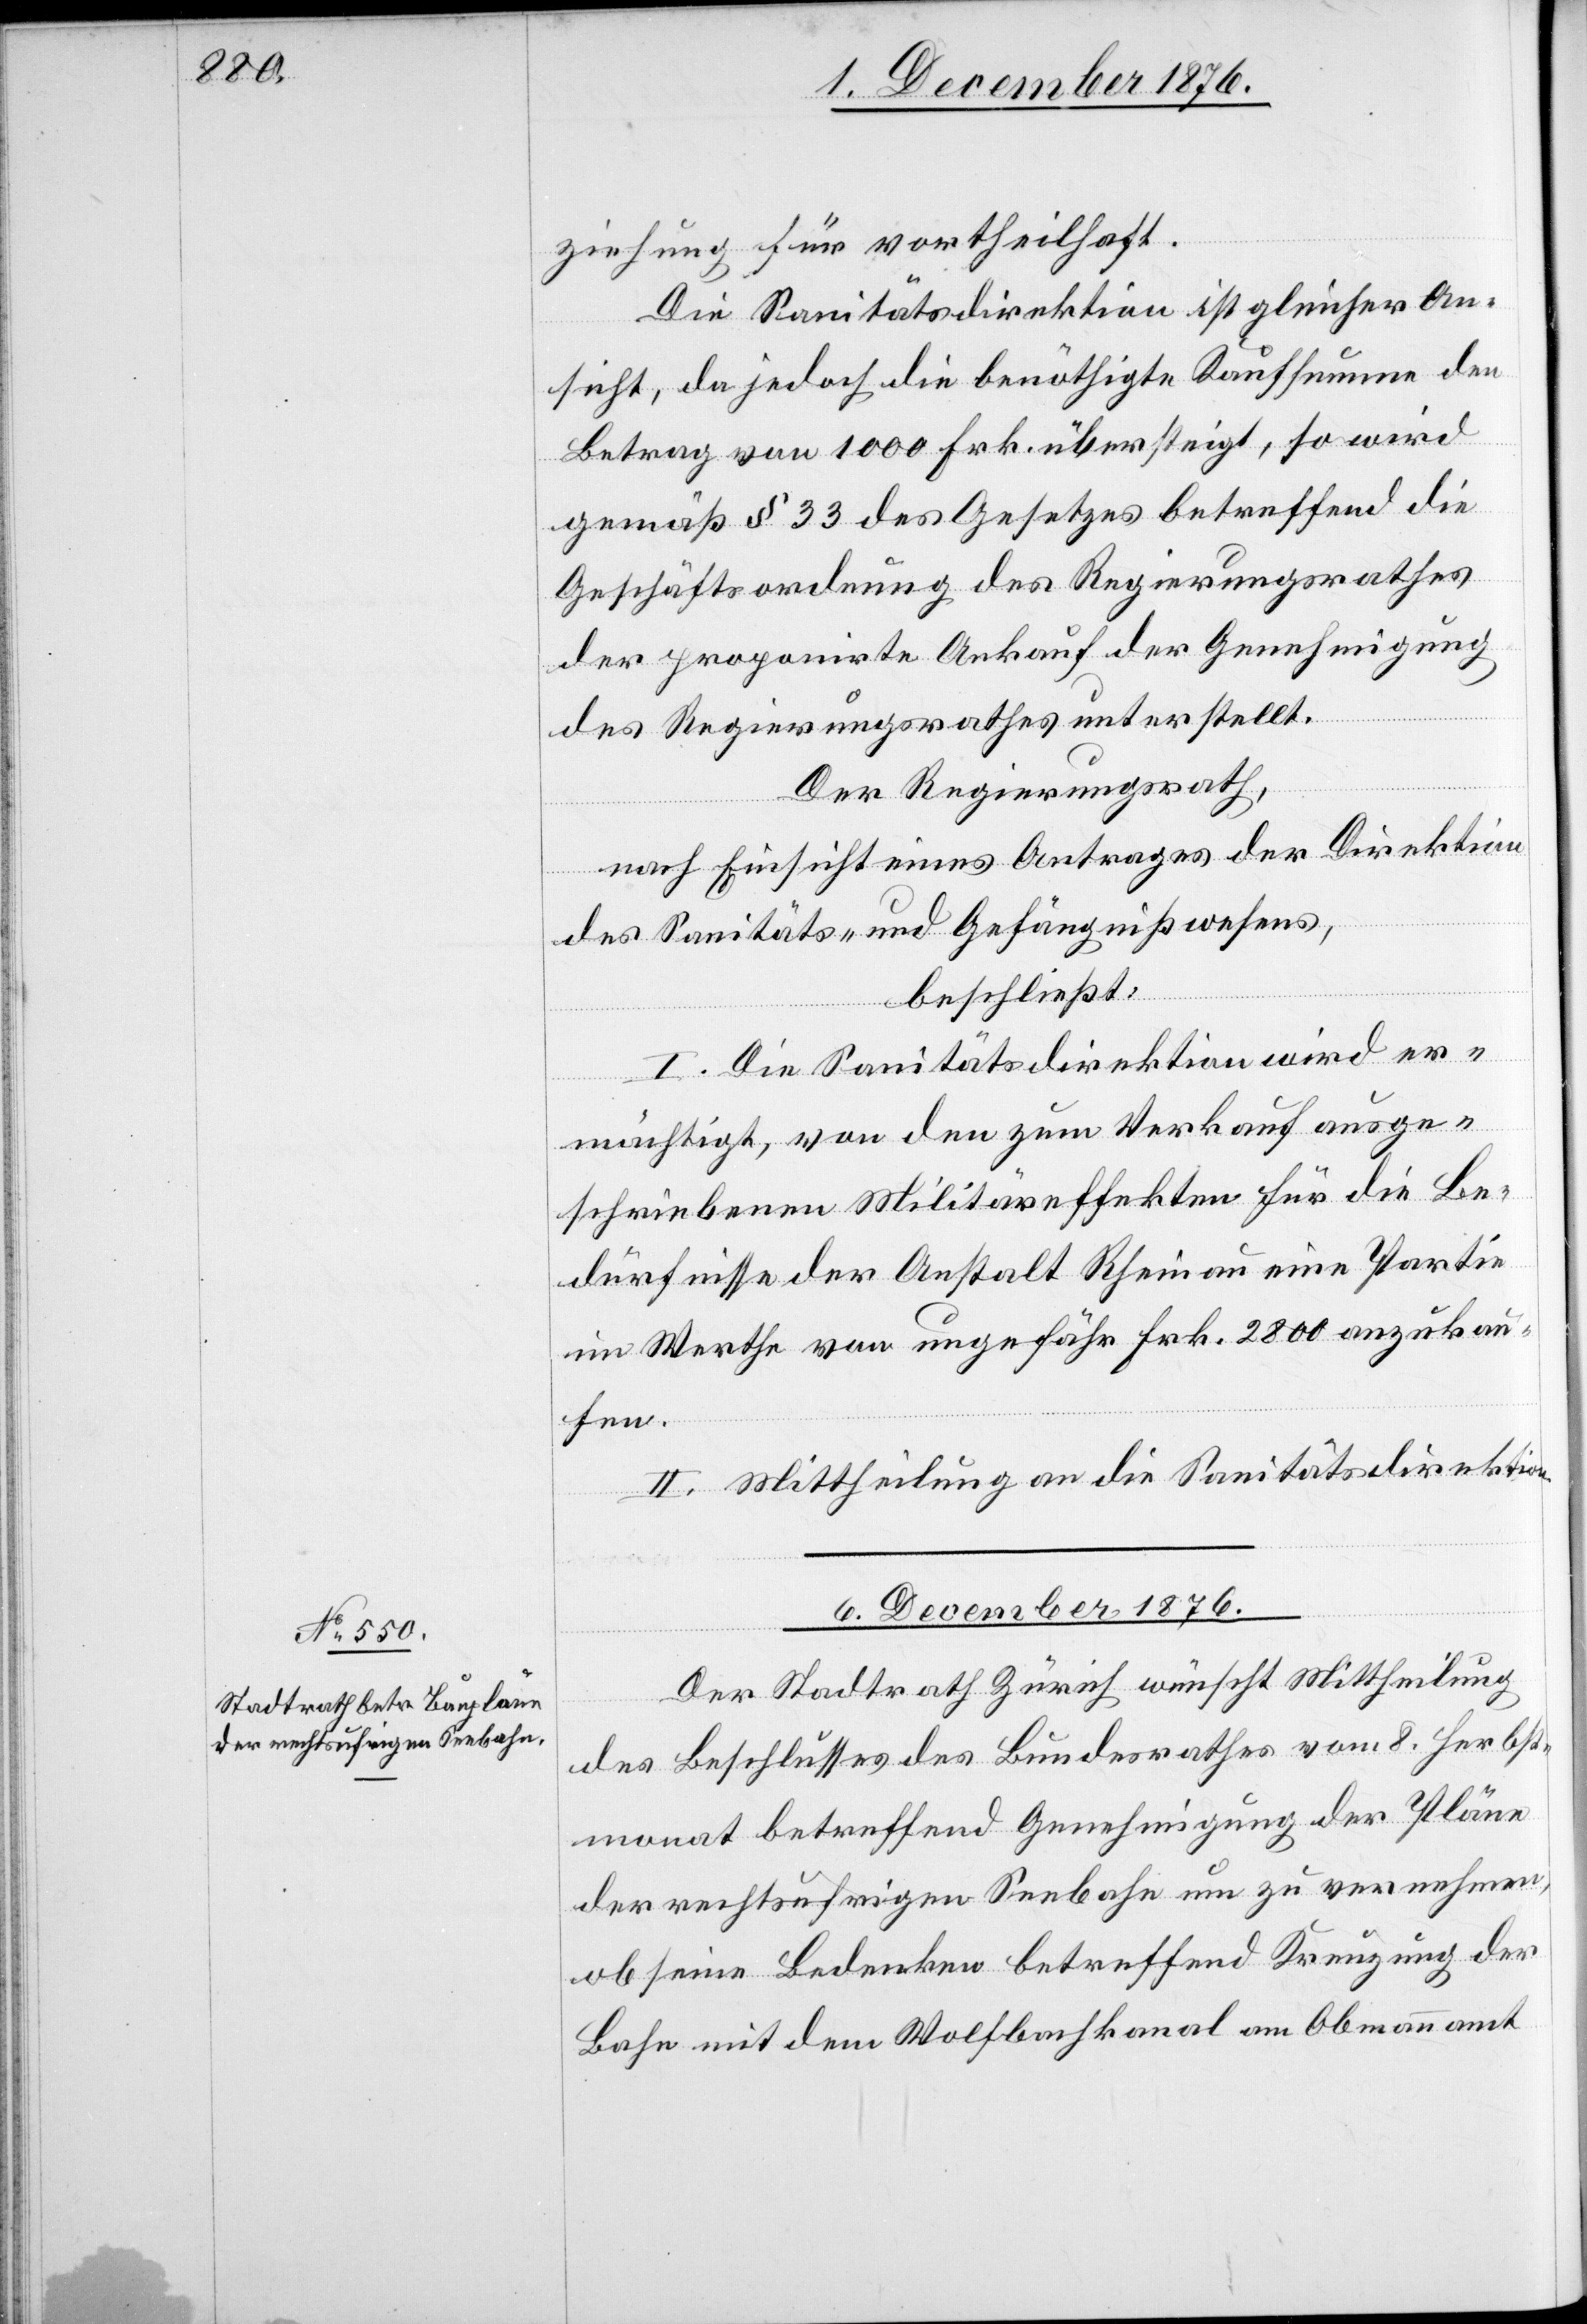
6. Dezember 1876.
ziehung für vortheilhaft.
Die Sanitätsdirektion ist gleicher An¬
sicht, da jedoch die benöthigte Kaufsumme den
Betrag von 1000 Frk. übersteigt, so wird
gemäß § 33 des Gesetzes betreffend die
Geschäftsordnung des Regierungsrathes
der proponirte Ankauf der Genehmigung
des Regierungsrathes unterstellt.
Der Regierungsrath,
nach Einsicht eines Antrages der Direktion
des Sanitäts- und Gefängnißwesens,
beschließt:
I. Die Sanitätsdirektion wird er¬
mächtigt, von den zum Verkauf ausge¬
schriebenen Militäreffekten für die Be¬
dürfnisse der Anstalt Rheinau eine Partie
im Werthe von ungefähr Frk. 2800 anzukau¬
fen.
II. Mittheilung an die Sanitätsdirektion.
Der Stadtrath Zürich wünscht Mittheilung
des Beschlusses des Bundesrathes vom 8. Herbst¬
monat betreffend Genehmigung der Pläne
der rechtsufrigen Seebahn um zu vernehmen,
ob seine Bedenken betreffend Kreuzung der
Bahn mit dem Wolfenbachkanal am Obmannamt